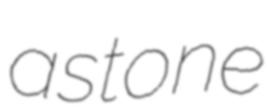
astone